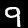
Digit: 9